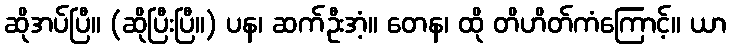
ဆိုအပ်ပြီ။ (ဆိုပြီးပြီ။) ပန၊ ဆက်ဦးအံ့။ တေန၊ ထို တိဟိတ်ကံကြောင့်။ ယာ